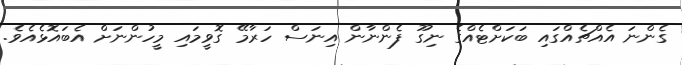
ގެންނަ އެއްޗެއްގައި ބަކަށްޓެއްގެ ނިގޫ ފެންނާން އިނަސް ހަރާމޭ ގޮވީމައި މީހުންނަށް އެބައޮޅެއެވެ.